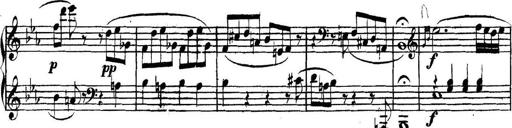
Title: Collected Piano Sonatas
Composer: Muzio Clementi